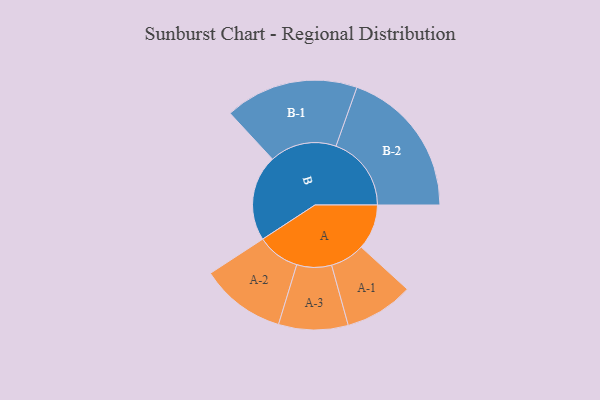
{"axis": {"x": "Segment", "y": "Value"}, "legend": ["", "A", "B"], "data": [{"x": "A", "y": 154, "type": ""}, {"x": "B", "y": 292, "type": ""}, {"x": "A-1", "y": 117, "type": "A"}, {"x": "A-2", "y": 145, "type": "A"}, {"x": "A-3", "y": 118, "type": "A"}, {"x": "B-1", "y": 227, "type": "B"}, {"x": "B-2", "y": 256, "type": "B"}]}